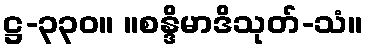
ဋ္ဌ-၃၃၀။ ။စန္ဒိမာဒိသုတ်-သံ။